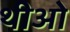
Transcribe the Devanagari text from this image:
थीओ